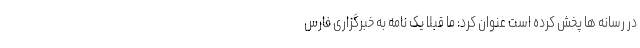
در رسانه ها پخش کرده است عنوان کرد: ما قبلا یک نامه به خبرگزاری فارس